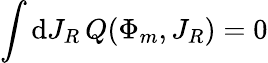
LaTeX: \int\mathrm{d}J_{R}\, Q(\Phi_{m},J_{R})=0